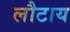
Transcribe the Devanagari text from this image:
लौटाय